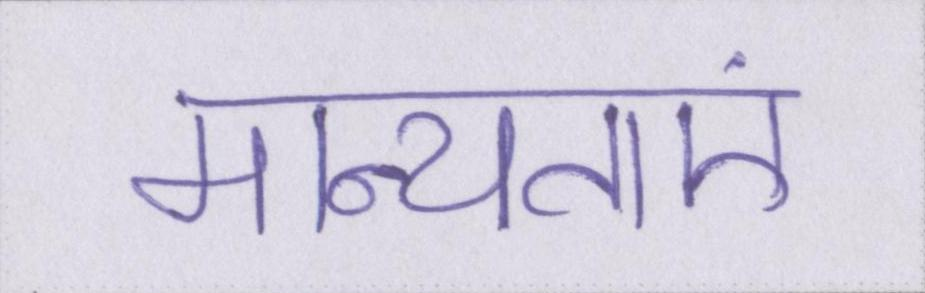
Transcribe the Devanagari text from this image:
मान्यताएं